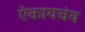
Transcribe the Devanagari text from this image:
ऐकायचंय